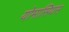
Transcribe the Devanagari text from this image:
योमासियस